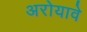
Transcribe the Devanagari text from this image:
अरोयावे